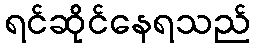
ရင်ဆိုင်နေရသည်